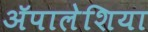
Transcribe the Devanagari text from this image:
ॲपालेशिया